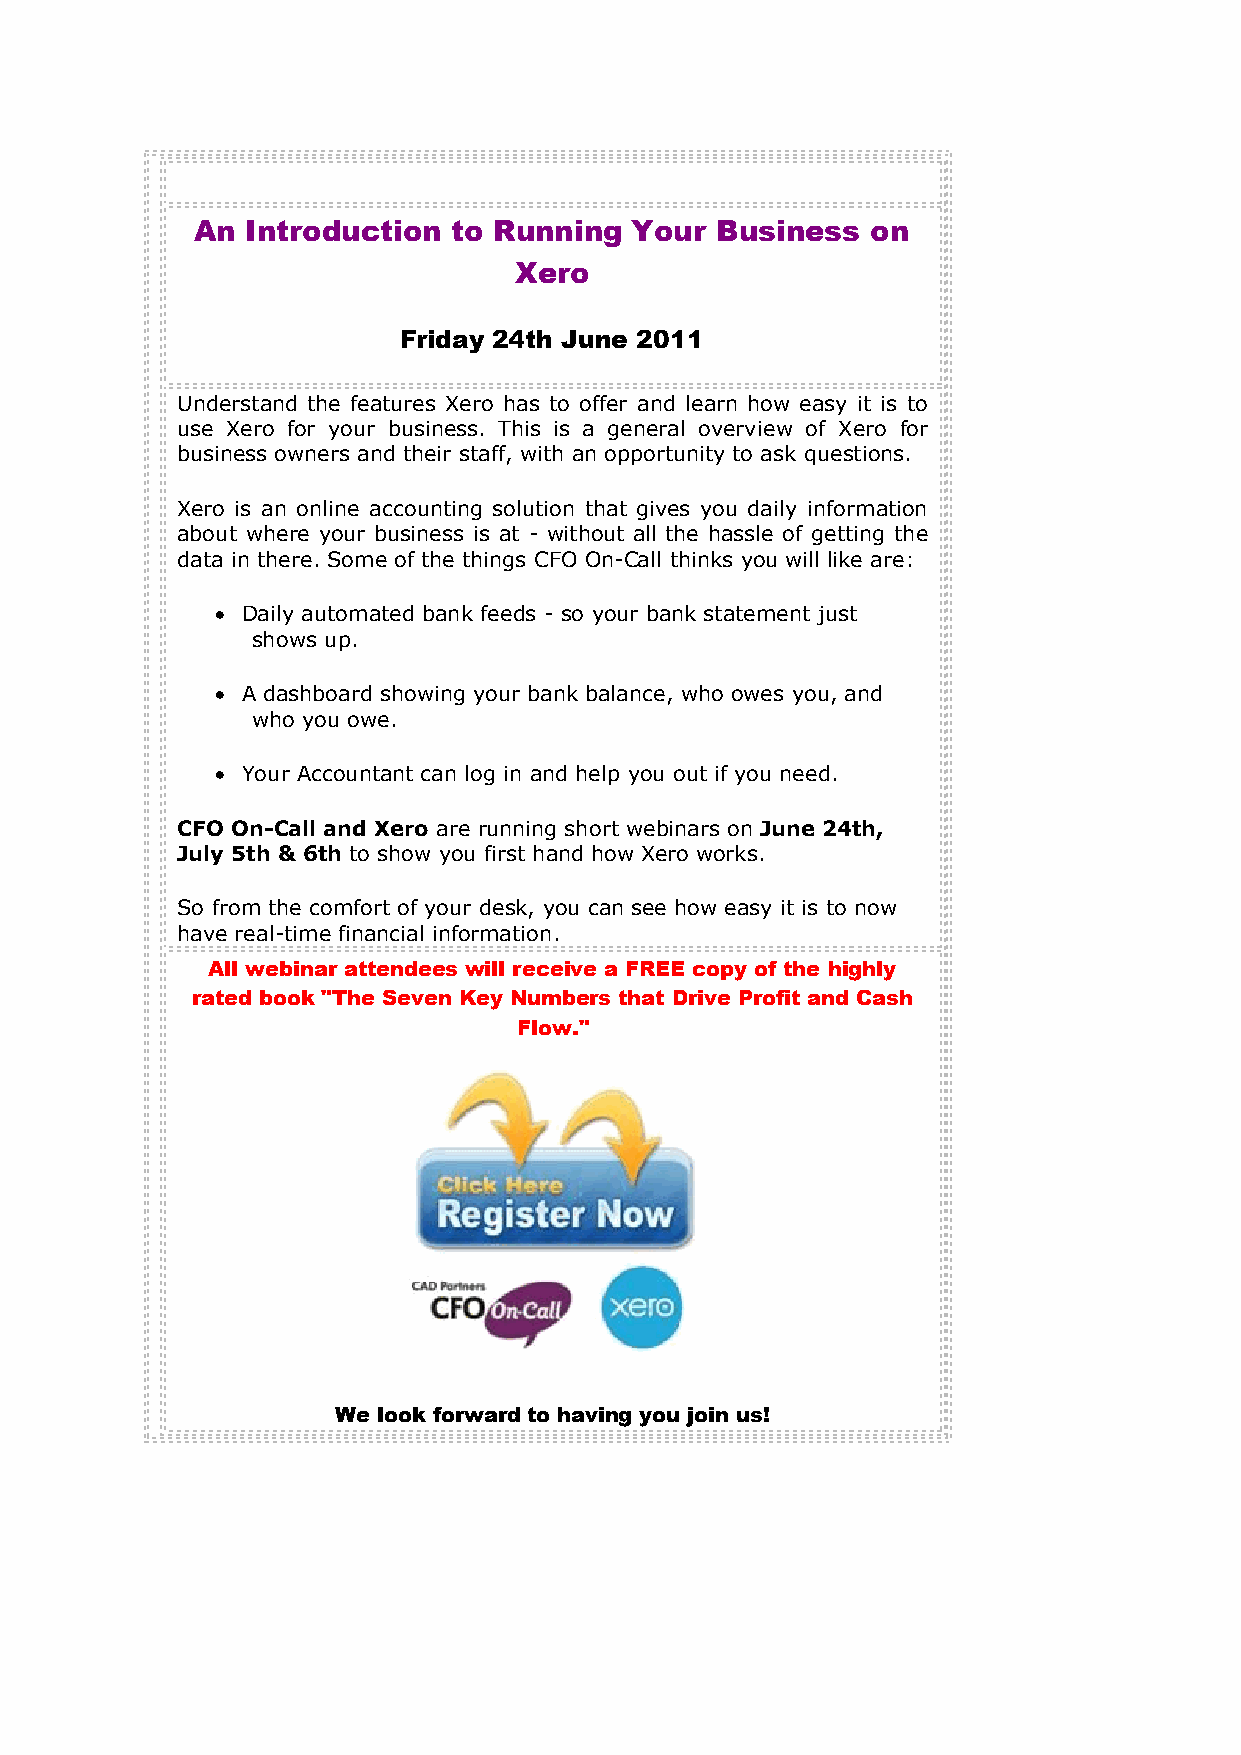
An Introduction  to Running  Your Business   on
 Xero
 Friday 24th June 2011
 Understand the features Xero has to offer and learn how easy it is to
 use Xero for your business. This is a general overview of Xero for
 business owners and their staff, with an opportunity to ask questions.
 Xero is an online accounting solution that gives you daily information
 about where your business is at - without all the hassle of getting the
 data in there. Some of the things CFO On-Call thinks you will like are:
  Daily automated bank feeds - so your bank statement just
 shows up.
  A dashboard showing your bank balance, who owes you, and
 who you owe.
  Your Accountant can log in and help you out if you need.
 CFO On-Call and Xero are running short webinars on June 24th,
 July 5th & 6th to show you first hand how Xero works.
 So from the comfort of your desk, you can see how easy it is to now
 have real-time financial information.
 All webinar attendees will receive a FREE copy of the highly
 rated book "The Seven Key Numbers that Drive Profit and Cash
 Flow."
 We look forward to having you join us!